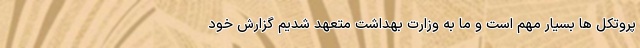
پروتکل ها بسیار مهم است و ما به وزارت بهداشت متعهد شدیم گزارش خود